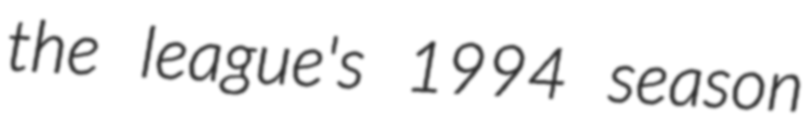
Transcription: the league's 1994 season